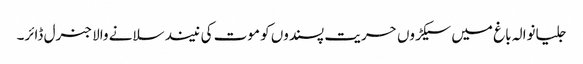
جلیانوالہ باغ میں سیکڑوں حریت پسندوں کو موت کی نیند سلانے والا جنرل ڈائر۔